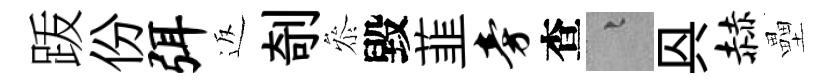
䟦份弭返剞叅毀韮旁查融㒷赫壘